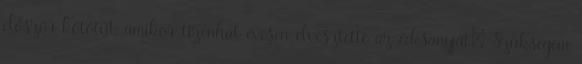
először kötőtűt, amikor tizenhat évesen elvesztette az édesanyját: Szükségem